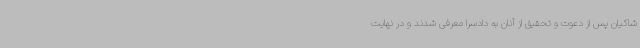
شاکیان پس از دعوت و تحقیق از آنان به دادسرا معرفی شدند و در نهایت